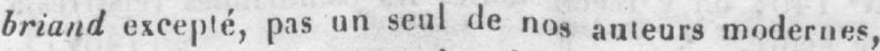
briand excepté, pas un seul de nos auteurs modernes,